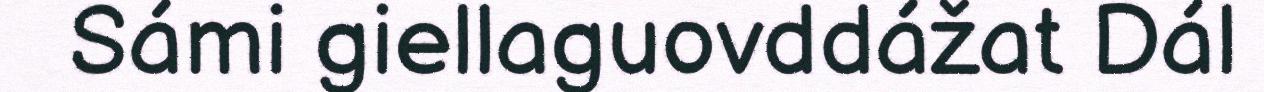
Sámi giellaguovddážat Dál